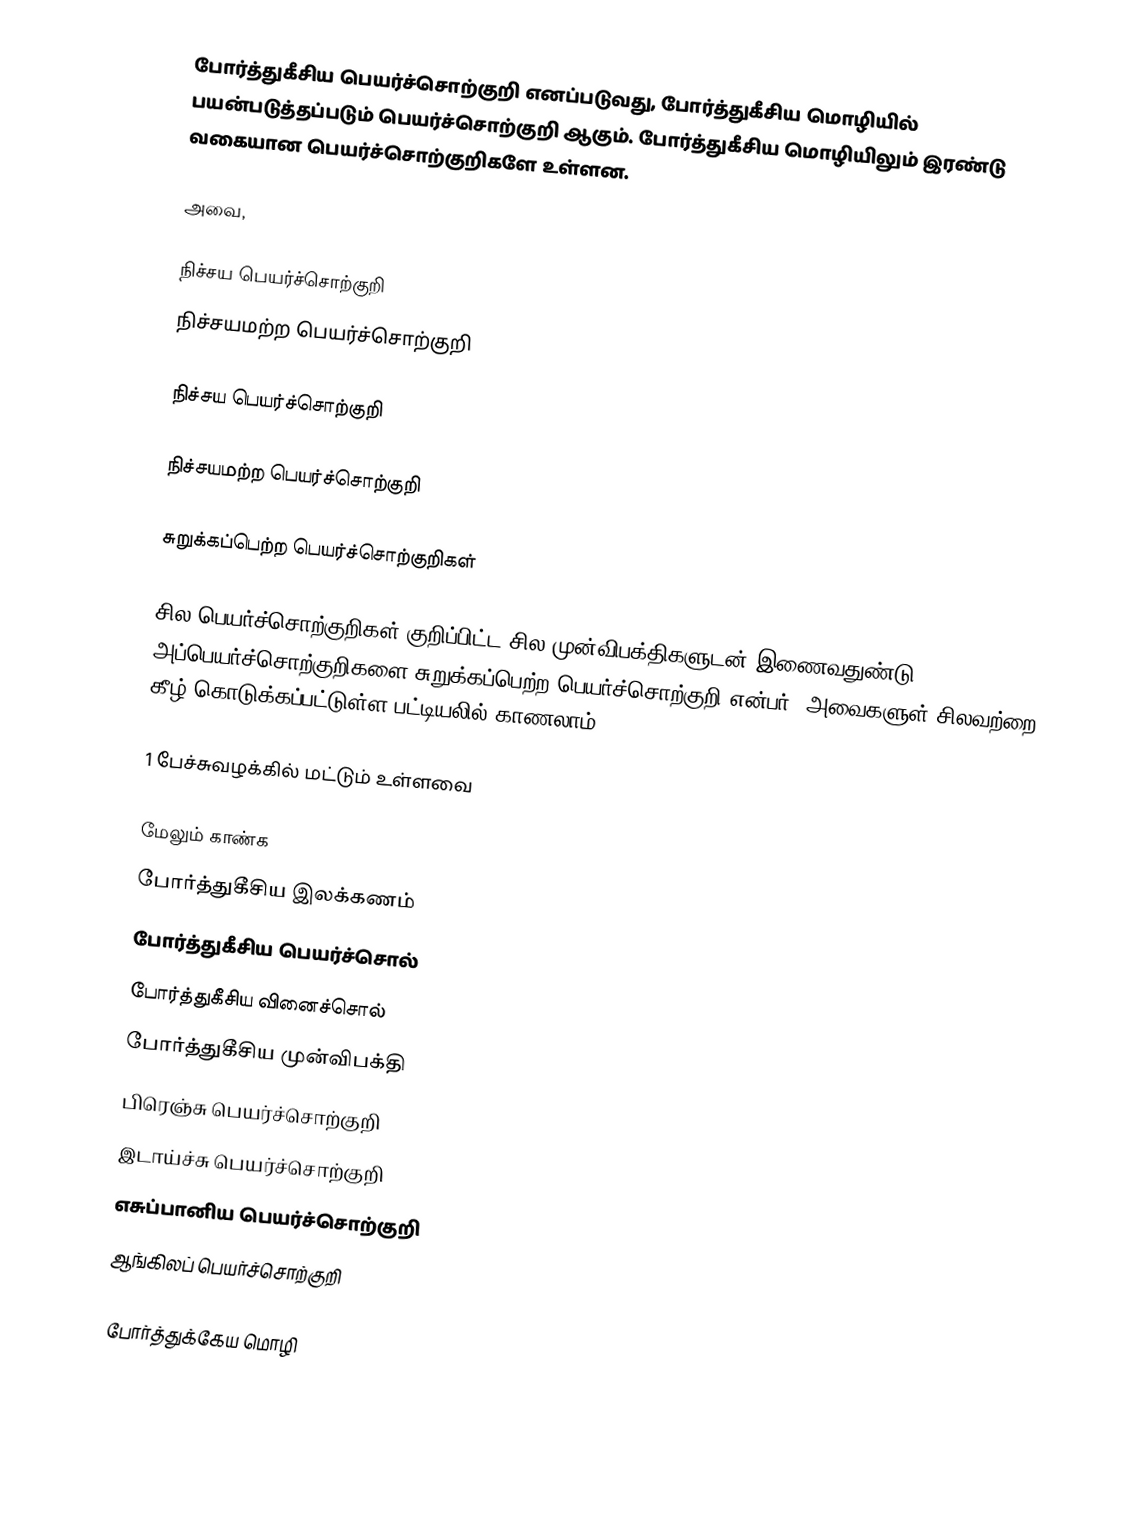
போர்த்துகீசிய பெயர்ச்சொற்குறி எனப்படுவது, போர்த்துகீசிய மொழியில் பயன்படுத்தப்படும் பெயர்ச்சொற்குறி ஆகும். போர்த்துகீசிய மொழியிலும் இரண்டு வகையான பெயர்ச்சொற்குறிகளே உள்ளன.

அவை,

 நிச்சய பெயர்ச்சொற்குறி
 நிச்சயமற்ற பெயர்ச்சொற்குறி

நிச்சய பெயர்ச்சொற்குறி

நிச்சயமற்ற பெயர்ச்சொற்குறி

சுறுக்கப்பெற்ற பெயர்ச்சொற்குறிகள்

சில பெயர்ச்சொற்குறிகள் குறிப்பிட்ட சில முன்விபக்திகளுடன் இணைவதுண்டு. அப்பெயர்ச்சொற்குறிகளை சுறுக்கப்பெற்ற பெயர்ச்சொற்குறி என்பர். அவைகளுள் சிலவற்றை கீழ் கொடுக்கப்பட்டுள்ள பட்டியலில் காணலாம்.

1 பேச்சுவழக்கில் மட்டும் உள்ளவை

மேலும் காண்க
போர்த்துகீசிய இலக்கணம்
போர்த்துகீசிய பெயர்ச்சொல்
போர்த்துகீசிய வினைச்சொல்
போர்த்துகீசிய முன்விபக்தி
பிரெஞ்சு பெயர்ச்சொற்குறி
இடாய்ச்சு பெயர்ச்சொற்குறி
எசுப்பானிய பெயர்ச்சொற்குறி
ஆங்கிலப் பெயர்ச்சொற்குறி

போர்த்துக்கேய மொழி